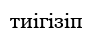
тиігізіп